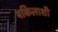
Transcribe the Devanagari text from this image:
वकिलाशी